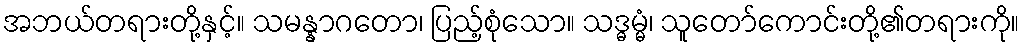
အဘယ်တရားတို့နှင့်။ သမန္နာဂတော၊ ပြည့်စုံသော။ သဒ္ဓမ္မံ၊ သူတော်ကောင်းတို့၏တရားကို။